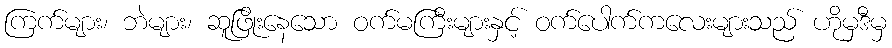
ကြက်များ၊ ဘဲများ၊ ဆူဖြိုးနေသော ဝက်မကြီးများနှင့် ဝက်ပေါက်ကလေးများသည် ဟိုမှဒီမှ